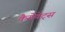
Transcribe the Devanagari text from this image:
कैसेवेट्स